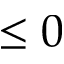
\le 0